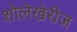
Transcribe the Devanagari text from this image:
शोलेखेरीज